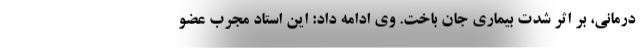
درمانی، بر اثر شدت بیماری جان باخت. وی ادامه داد: این استاد مجرب عضو